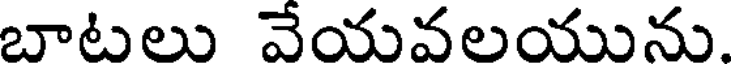
బాటలు వేయవలయును